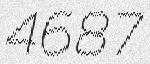
4687